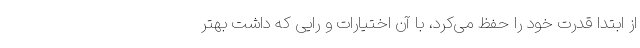
از ابتدا قدرت خود را حفظ می‌کرد، با آن اختیارات و رایی که داشت بهتر